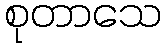
စုတာသေ